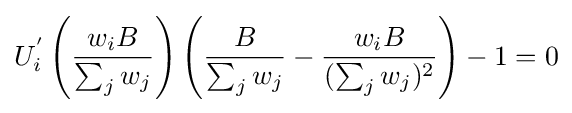
U_{i}^{'}\left({\frac {w_{i}B}{\sum _{j}w_{j}}}\right)\left({\frac {B}{\sum _{j}w_{j}}}-{\frac {w_{i}B}{(\sum _{j}w_{j})^{2}}}\right)-1=0